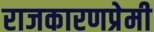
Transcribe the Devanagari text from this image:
राजकारणप्रेमी